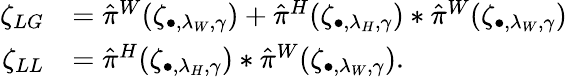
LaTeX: \begin{array}{rl}{\zeta_{LG}}&{=\hat{\pi}^{W}(\zeta_{\bullet,\lambda_{W},\gamma})+\hat{\pi}^{H}(\zeta_{\bullet,\lambda_{H},\gamma})*\hat{\pi}^{W}(\zeta_{\bullet,\lambda_{W},\gamma})}\\ {\zeta_{LL}}&{=\hat{\pi}^{H}(\zeta_{\bullet,\lambda_{H},\gamma})*\hat{\pi}^{W}(\zeta_{\bullet,\lambda_{W},\gamma}).}\end{array}